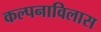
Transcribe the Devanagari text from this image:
कल्पनाविलास